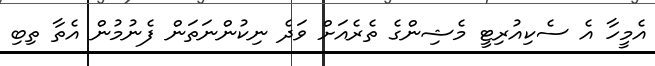
އެމީހާ އެ ސެކިއުރިޓީ މެޝިންގެ ތެރެއަށް ވަދެ ނިކުންނަތަން ފެނުމުން އެތާ ތިބި